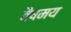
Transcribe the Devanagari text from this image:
वैषमय